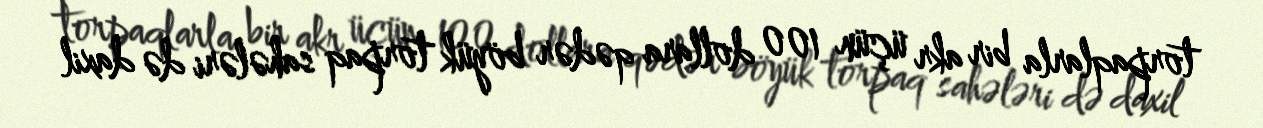
torpaqlarla bir akr üçün 100 dollara qədər böyük torpaq sahələri də daxil